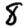
Digit: 8